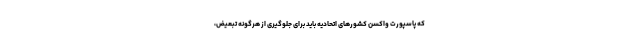
که پاسپورت واکسن کشورهای اتحادیه باید برای جلوگیری از هرگونه تبعیض،